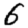
Digit: 6